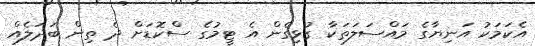
އެކަމަކު އަނިޔާގެ މައްސަލަތަކާ ގުޅިގެން އެ ޓީމުގެ ސްކޮޑަށް ދެ ތިން ބަދަލެއް